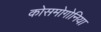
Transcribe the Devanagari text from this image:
कोसमोगोनिया